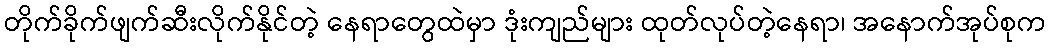
တိုက်ခိုက်ဖျက်ဆီးလိုက်နိုင်တဲ့ နေရာတွေထဲမှာ ဒုံးကျည်များ ထုတ်လုပ်တဲ့နေရာ၊ အနောက်အုပ်စုက